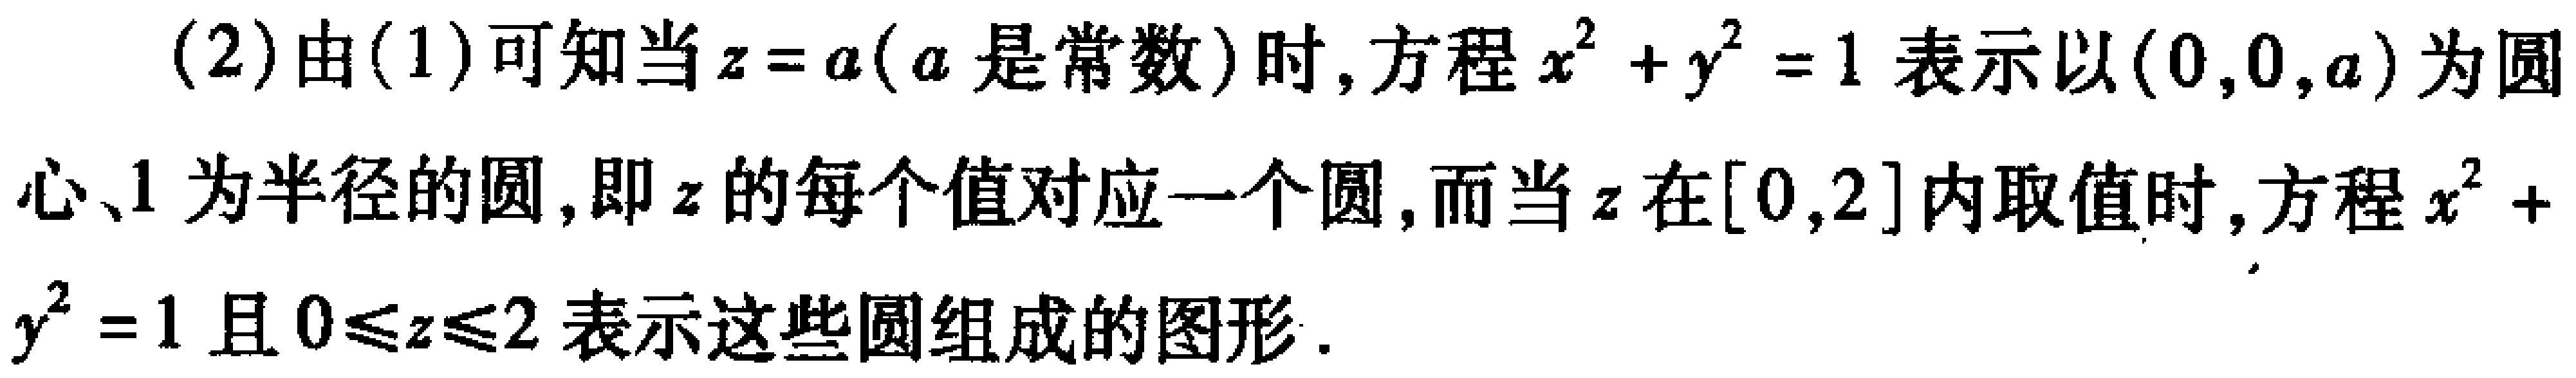
(2)由(1)可知当\(z = a\)（\(a\)是常数）时，方程\(x^{2}+y^{2}=1\)表示以\((0,0,a)\)为圆心、\(1\)为半径的圆，即\(z\)的每个值对应一个圆，而当\(z\)在\([0,2]\)内取值时，方程\(x^{2}+y^{2}=1\)且\(0\leq z\leq2\)表示这些圆组成的图形.